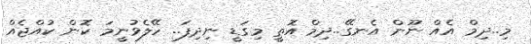
މި..ދިމް އެއް ނޫން އެނގޭ..ދިމް އޮތީ މިގަޑީ ނިދިފަ.. ހޭލެވުނީމަ ކޮން ކުއްޖެއް